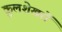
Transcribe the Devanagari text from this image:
कुलशेखरों